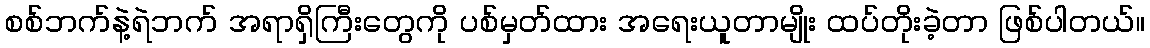
စစ်ဘက်နဲ့ရဲဘက် အရာရှိကြီးတွေကို ပစ်မှတ်ထား အရေးယူတာမျိုး ထပ်တိုးခဲ့တာ ဖြစ်ပါတယ်။